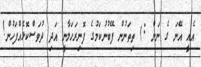
އެއީ އޭނަ ގެ ނަން :) ތިތަނުން ފޭބުނުކަމުގެ ފޮނިރަހަލާނީ އަދި ދުވަސްކޮޅެއްފަހުން!